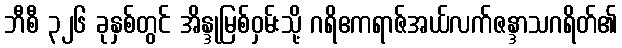
ဘီစီ ၃၂၆ ခုနှစ်တွင် အိန္ဒုမြစ်ဝှမ်းသို့ ဂရိဧကရာဇ်အယ်လက်ဇန္ဒာသဂရိတ်၏